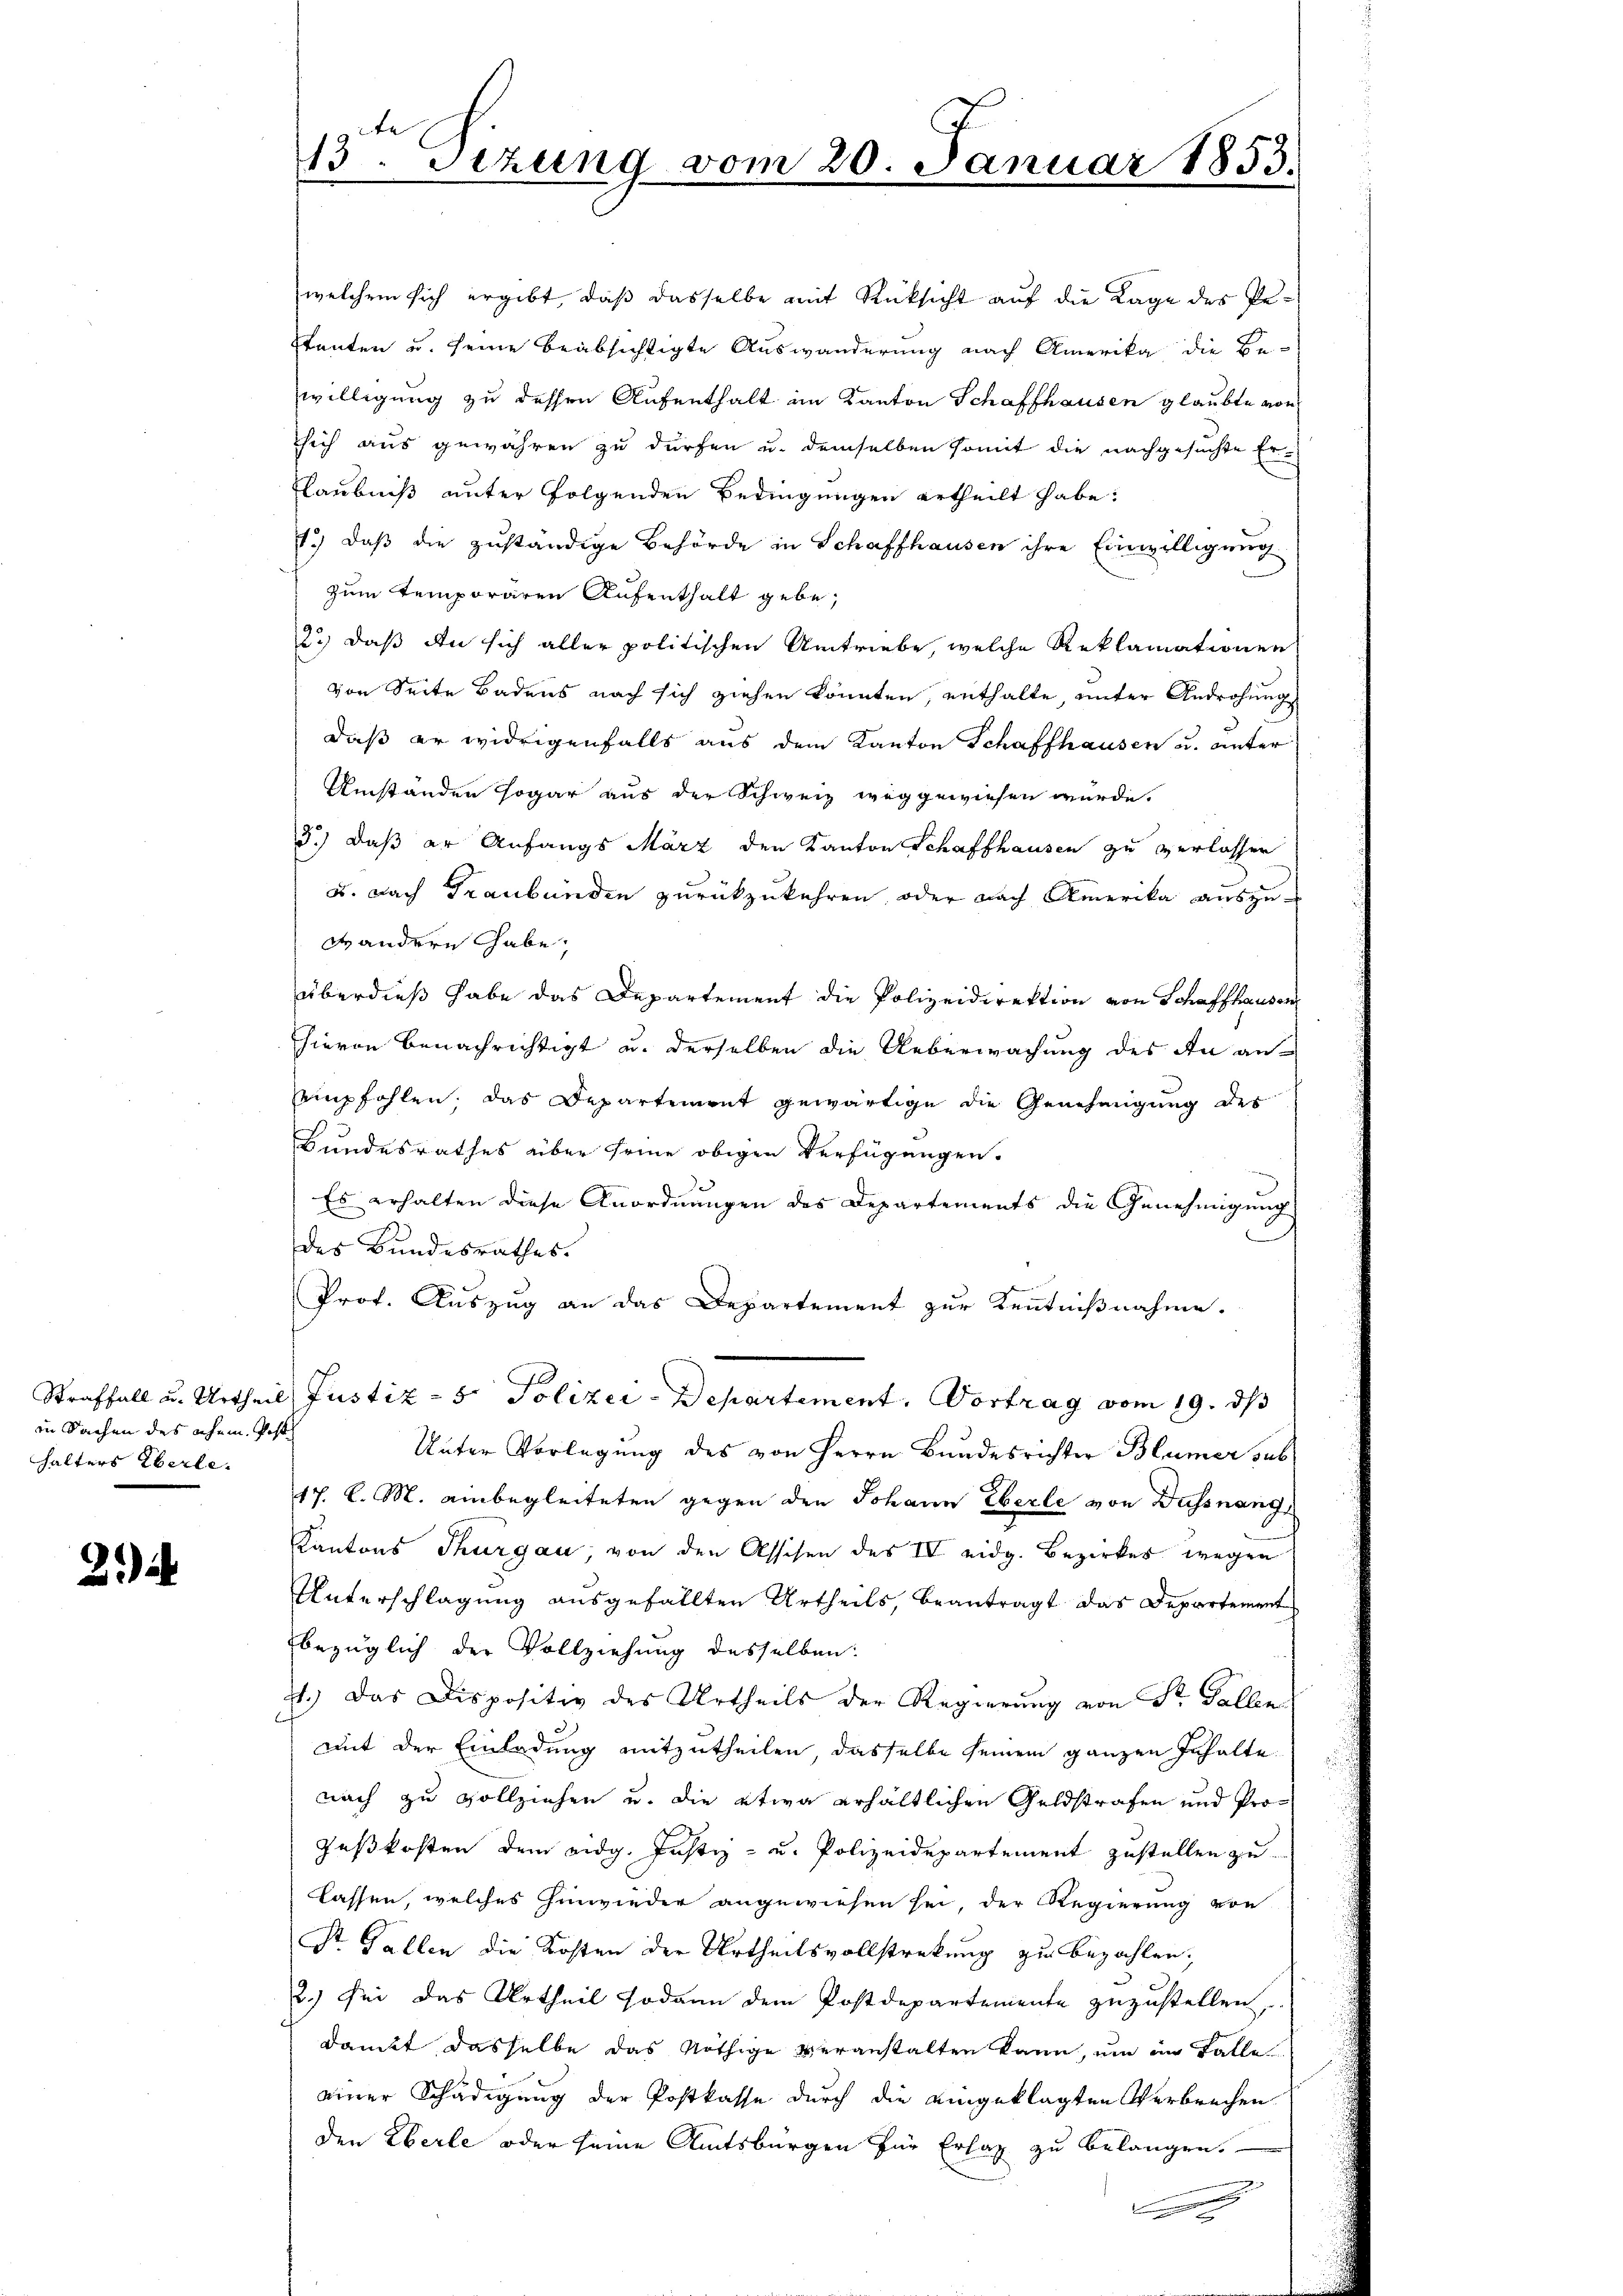
in Sachen des ehem. Post
halters Eberle.

21)

13. Sezung vom 20. Januar 1853.
.

welchem sich ergibt, daß dasselbe mit Rücksicht auf die Lage des Pe¬
Itanten u. seine beabsichtigte Auswanderung nach Amerika die Be-
willigung zu dessen Aufenthalt im Kanton Schaffhausen glaubte von
sich aus gewähren zu dürfen u. demselben somit die nachgesuchte Er-
Flaubniß unter folgenden Bedingungen ertheilt habe:
1.) daß die zuständige Behörde in Schaffhausen ihre Einwilligung
zum Temporären Aufenthalt gebe,
2.) daß An sich aller politischen Umtriebe, welche Reklamationens
von Seite Badens nach sich ziehen könnten, enthalte, unter Androhung
daß er widrigenfalls aus dem Kanton Schaffhausen u. unter
Umständen sogar aus der Schweiz weggewiesen würde.
3.) Daß er Anfangs März den Kanton Schaffhausen zu verlassen
u. nach Graubünden zurückzukehren, oder nach Amerika auszude andern Gabe,
überdieß habe das Departement die Polizeidirektion von Schaffhausen
hievon benachrichtigt u. derselben die Ueberwachung des An anempfohlen, das Departement gewärtige die Genehmigung des
Bundesrathes über seine obigen Verfügungen.
) Es erhalten diese Anordnungen des Departements die Genehmigung
des Bundesrathes.
Prof. Auszug an das Departement zur Kenntnißnahme.
9
Straffall u. Urtheil Justiz - 5. Polizei-Departement. Vortrag vom 19. ds
Unter Vorlegung des von Herrn Bundesrichter Blümer sub
17. d. M. anbegleiteten gegen den Johann Eberle von Dussnang
Kantons Thurgau, von den Assisen des IV eidg. Bezirkes wegen
Unterschlagung ausgefällten Urtheils, beantragt das Departement
bezüglich der Vollziehung desselben:
71.) Das Dispositiv des Urtheils der Regierung von Fr. Galle
mit der Einladung mitzutheilen, dasselbe seinem ganzen Inhalte
nach zu vollziehen u. die etwa erhältlichen Geldstrafen und Prozeßkosten dem eidg. Justiz- u. Polizeidepartement zustellen zu
lassen, welches hinwieder angewiesen sei, der Regierung von
St. Gallen die Kosten der Urtheilsvollstreckung zu bezahlen;
2.) Sei das Urtheil sodann dem Postdepartemente zuzustellen.
damit, dasselbe das Nöthige veranstalten kann, um im Falle
einer Schädigung der Postkasse durch die eingeklagten Verbrechen
den Eberle oder seine Amtsbürgen für Erlag zu belangen.
|